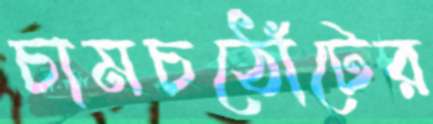
চামচঠোঁটের